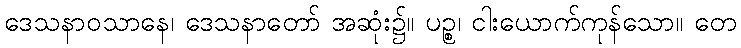
ဒေသနာဝသာနေ၊ ဒေသနာတော် အဆုံး၌။ ပဉ္စ၊ ငါးယောက်ကုန်သော။ တေ